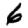
Digit: 6